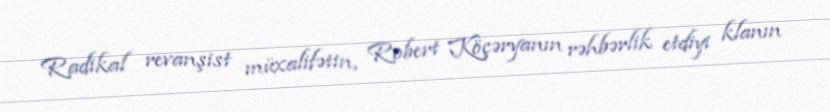
Radikal revanşist müxalifətin, Robert Köçəryanın rəhbərlik etdiyi klanın